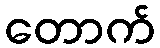
တောက်